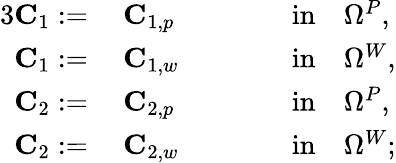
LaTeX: \begin{array}{rlrl}{{3}\mathbf{C}_{1}:=}&{~\mathbf{C}_{1,p}\qquad}&&{\mathrm{in}\quad\Omega^{P},}\\ {\mathbf{C}_{1}:=}&{~\mathbf{C}_{1,w}\qquad}&&{\mathrm{in}\quad\Omega^{W},}\\ {\mathbf{C}_{2}:=}&{~\mathbf{C}_{2,p}\qquad}&&{\mathrm{in}\quad\Omega^{P},}\\ {\mathbf{C}_{2}:=}&{~\mathbf{C}_{2,w}\qquad}&&{\mathrm{in}\quad\Omega^{W};}\end{array}